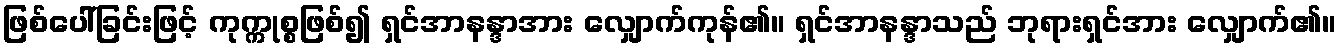
ဖြစ်ပေါ်ခြင်းဖြင့် ကုက္ကုစ္စဖြစ်၍ ရှင်အာနန္ဒာအား လျှောက်ကုန်၏။ ရှင်အာနန္ဒာသည် ဘုရားရှင်အား လျှောက်၏။